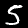
Digit: 5